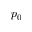
p _ { 0 }